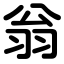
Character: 翁